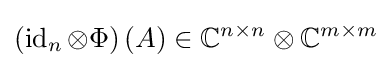
\left(\operatorname {id} _{n}\otimes \Phi \right)(A)\in \mathbb {C} ^{n\times n}\otimes \mathbb {C} ^{m\times m}